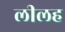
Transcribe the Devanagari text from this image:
लीलह